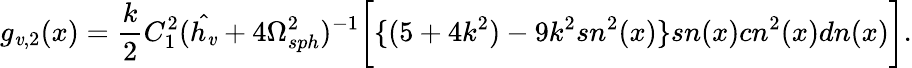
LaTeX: g_{\mathit{v},2}(x)=\frac{{k}}{{2}}C_{1}^{2}({\hat{{h_{\mathit{v}}}}}+4\Omega_{sph}^{2})^{-1}\bigg[\{ (5+4k^{2})-9k^{2}sn^{2}(x)\} sn(x)cn^{2}(x)dn(x)\bigg].